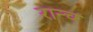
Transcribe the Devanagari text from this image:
रान्च